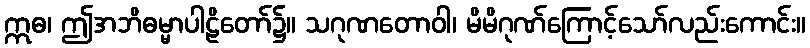
ဣဓ၊ ဤအဘိဓမ္မာပါဠိတော်၌။ သဂုဏတောဝါ၊ မိမိဂုဏ်ကြောင့်သော်လည်းကောင်း။